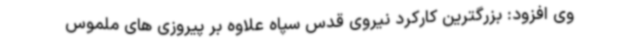
وی افزود: بزرگترین کارکرد نیروی قدس سپاه علاوه بر پیروزی های ملموس